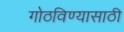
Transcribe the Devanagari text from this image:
गोठविण्यासाठी